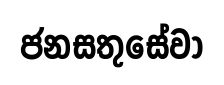
ජනසතුසේවා